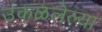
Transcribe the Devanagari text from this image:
उकळलेल्या